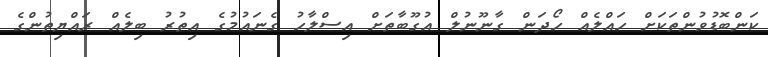
ކަންބޮޑުވުންތަކަށް ހައްލެއް ހޯދަން ގާނޫނުލް އުގޫބާތަށް އިސްލާހު ގެނައުމުގެ އިތުރު ބިލެއް ރައްޔިތުންގެ